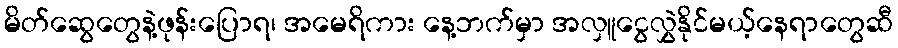
မိတ်ဆွေတွေနဲ့ဖုန်းပြောရ၊ အမေရိကား နေ့ဘက်မှာ အလှူငွေလွှဲနိုင်မယ့်နေရာတွေဆီ